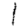
Digit: 1